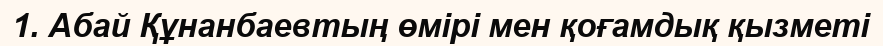
1. Абай Құнанбаевтың өмірі мен қоғамдық қызметі